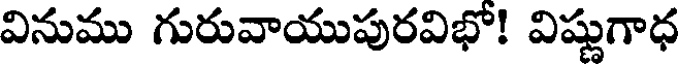
వినుము గురువాయుపురవిభో! విష్ణుగాధ